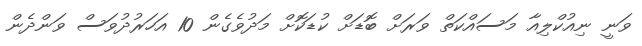
ވަނީ ނިއުކްލިއާ މަސައްކަތް ވަރަށް ބޮޑަށް ކުޑަކޮށް މަދުވެގެން 10 އަހަރުދުވަސް ވަންދެން